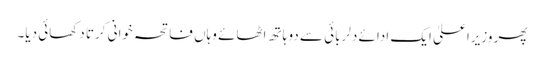
پھر وزیراعلیٰ ایک ادائے دلربائی سے دو ہاتھ اٹھائے وہاں فاتحہ خوانی کرتا دکھائی دیا۔